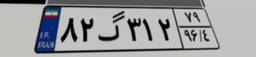
۸۲گ۳۱۲۷۹